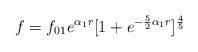
\begin{align*}f = f_{01}e^{\alpha_1 r }[1 + e^{-\frac{5}{2}{\alpha_1}r}]^{\frac{4}{5}}\end{align*}